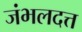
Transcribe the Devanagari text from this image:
जंभलदत्त